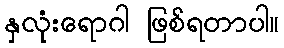
နှလုံးရောဂါ ဖြစ်ရတာပါ။